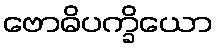
ဗောဓိပက္ခိယော